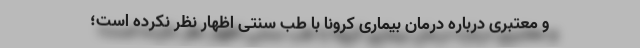
و معتبری درباره درمان بیماری کرونا با طب سنتی اظهار نظر نکرده است؛